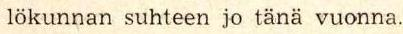
lökunnan suhteen jo tänä vuonna.